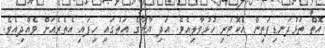
އޮތް ތަޅުދަނޑިފަތިން އެކޮޓަރި ހުޅުވާލިއެވެ. އަދި ޔާނާގެ އަތުގައި ހިފައި އެތެރެއަށް ވެއްދިއެވެ.